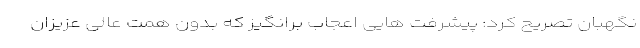
نگهبان تصریح کرد: پیشرفت هایی اعجاب برانگیز که بدون همت عالی عزیزان